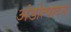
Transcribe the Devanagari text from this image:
अंडोत्पादन